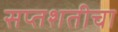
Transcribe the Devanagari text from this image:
सप्तशतीचा